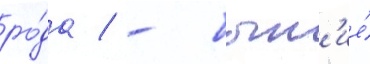
ро́да / - быт'ие́